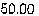
50.00